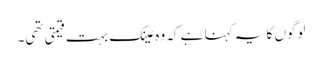
لوگوں کا یہ کہنا ہے کہ وہ عینک بہت قیمتی تھی۔